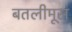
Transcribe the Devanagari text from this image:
बतलीमूस